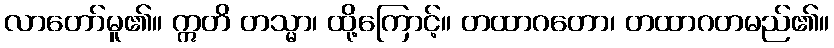
လာတော်မူ၏။ ဣတိ တသ္မာ၊ ထို့ကြောင့်။ တထာဂတော၊ တထာဂတမည်၏။